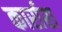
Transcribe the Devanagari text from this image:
कार्रारा